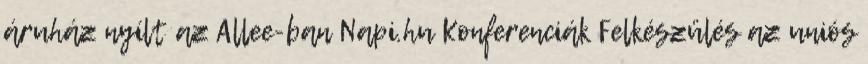
áruház nyílt az Allee-ban Napi.hu Konferenciák Felkészülés az uniós